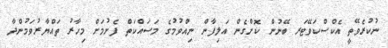
ނުކުރެވޭތީ އެކްސްކަވޭޓަރ ބޭނުން ކޮށްގެން އަލިފާން ނިއްވުމުގެ މަސައްކަތް ފެށުމަށް މިހާރު ތައްޔާރުވަމުންދާ